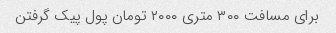
برای مسافت ۳۰۰ متری ۲۰۰۰ تومان پول پیک گرفتن